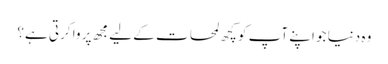
وہ دنیا جو اپنے آپ کو کچھ لمحات کے لیے مجھ پر وا کرتی ہے؟